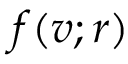
f ( v ; r )